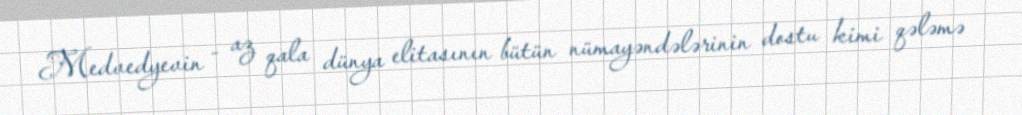
Medvedyevin - az qala dünya elitasının bütün nümayəndələrinin dostu kimi qələmə